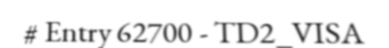
# Entry 62700 - TD2_VISA